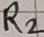
Text: R2